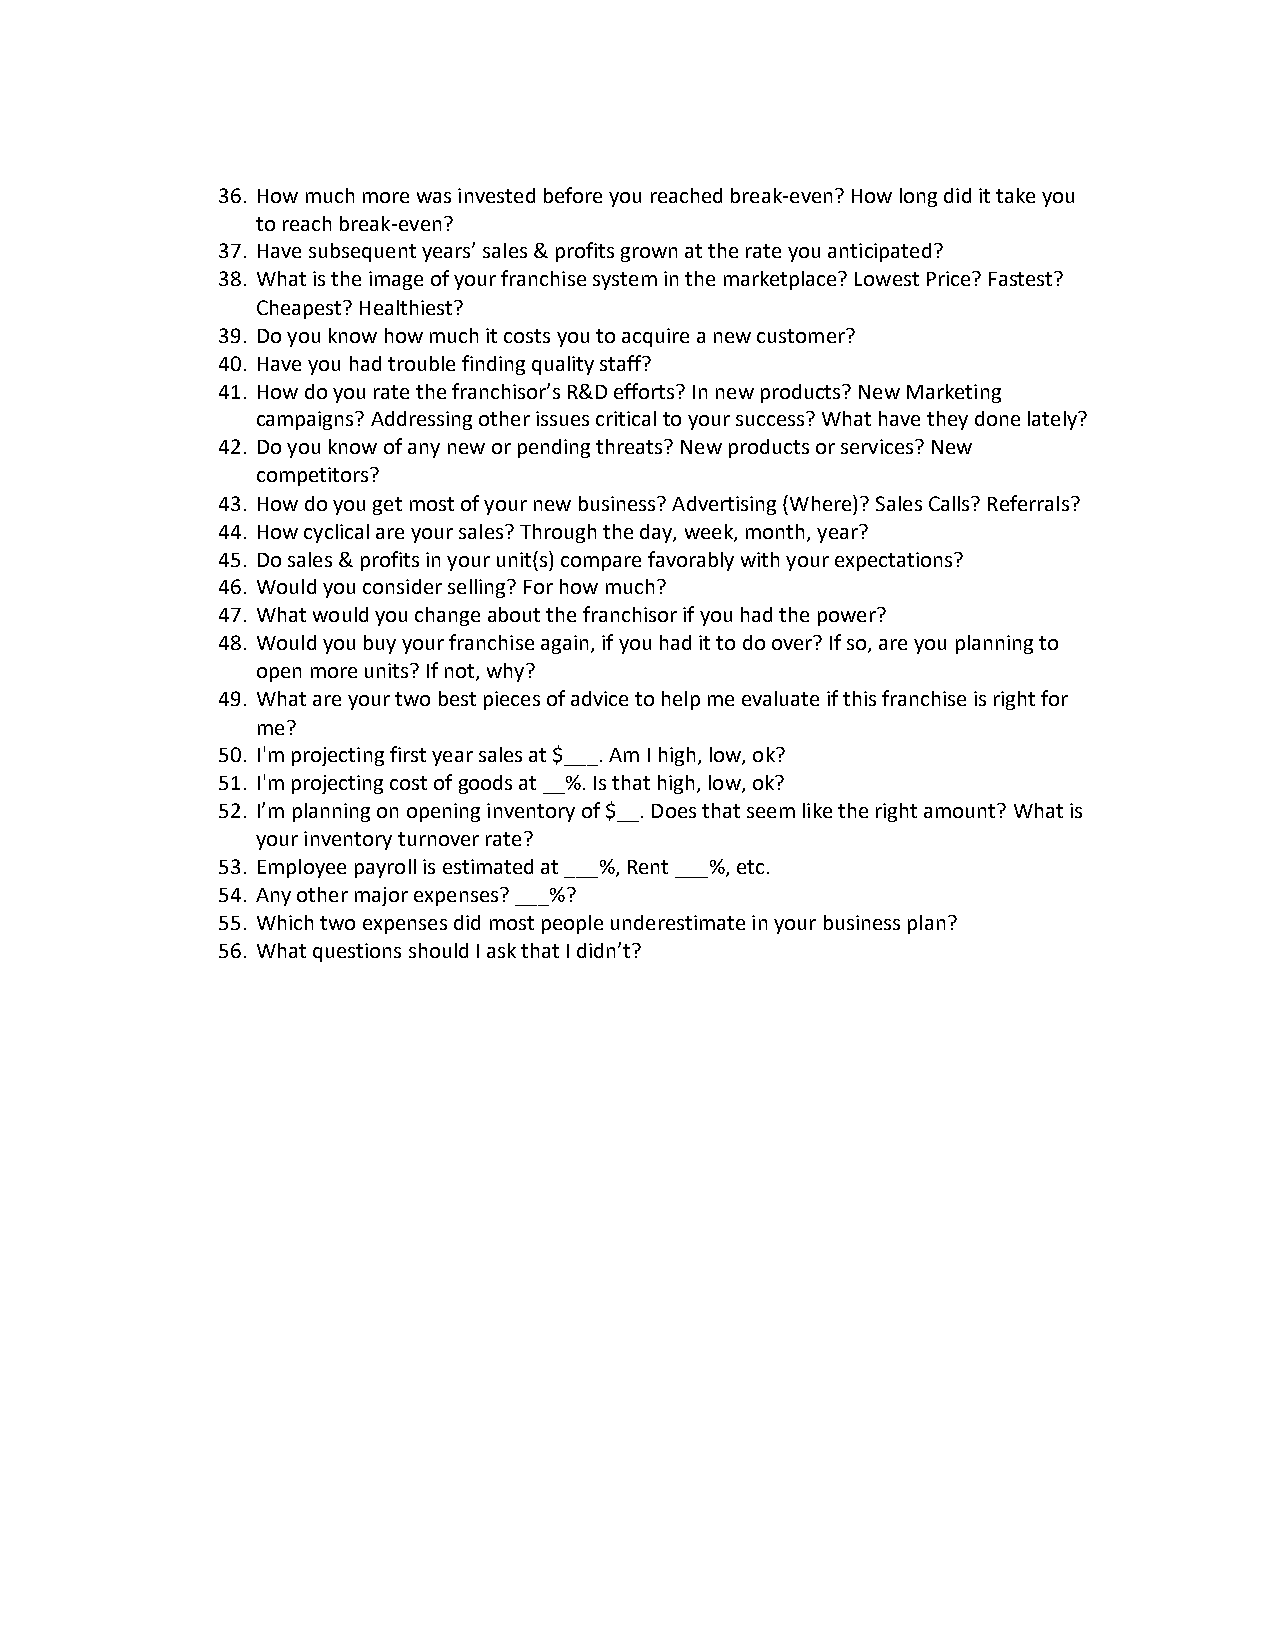
36. How much more was invested before you reached break-even? How long did it take you
 to reach break-even?
 37. Have subsequent years’ sales & profits grown at the rate you anticipated?
 38. What is the image of your franchise system in the marketplace? Lowest Price? Fastest?
 Cheapest? Healthiest?
 39. Do you know how much it costs you to acquire a new customer?
 40. Have you had trouble finding quality staff?
 41. How do you rate the franchisor’s R&D efforts? In new products? New Marketing
 campaigns? Addressing other issues critical to your success? What have they done lately?
 42. Do you know of any new or pending threats? New products or services? New
 competitors?
 43. How do you get most of your new business? Advertising (Where)? Sales Calls? Referrals?
 44. How cyclical are your sales? Through the day, week, month, year?
 45. Do sales & profits in your unit(s) compare favorably with your expectations?
 46. Would you consider selling? For how much?
 47. What would you change about the franchisor if you had the power?
 48. Would you buy your franchise again, if you had it to do over? If so, are you planning to
 open more units? If not, why?
 49. What are your two best pieces of advice to help me evaluate if this franchise is right for
 me?
 50. I'm projecting first year sales at $___. Am I high, low, ok?
 51. I'm projecting cost of goods at __%. Is that high, low, ok?
 52. I’m planning on opening inventory of $__. Does that seem like the right amount? What is
 your inventory turnover rate?
 53. Employee payroll is estimated at ___%, Rent ___%, etc.
 54. Any other major expenses? ___%?
 55. Which two expenses did most people underestimate in your business plan?
 56. What questions should I ask that I didn’t?